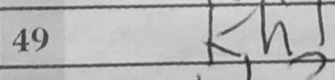
Transcription: Kh1